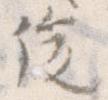
俊